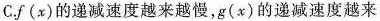
C.f(x)的递减速度越来越慢，g(x)的递减速度越来